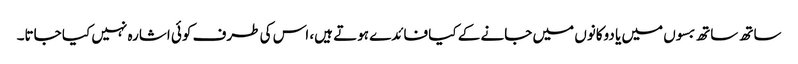
ساتھ ساتھ بسوں میں یا دوکانوں میں جانے کے کیا فائدے ہوتے ہیں، اس کی طرف کوئی اشارہ نہیں کیا جاتا۔